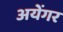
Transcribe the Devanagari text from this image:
अयेंगर